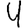
Digit: 4